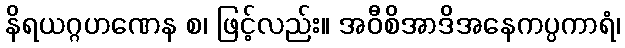
နိရယဂ္ဂဟဏေန စ၊ ဖြင့်လည်း။ အဝီစိအာဒိအနေကပ္ပကာရံ၊